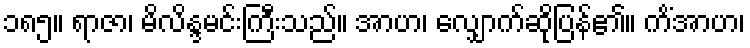
၁၈၅။ ရာဇာ၊ မိလိန္ဒမင်းကြီးသည်။ အာဟ၊ လျှောက်ဆိုပြန်၏။ ကိံအာဟ၊